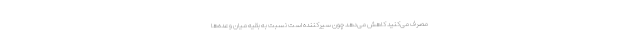
مصرف می‌کنید کاهش می‌دهد چون سیرکننده است نسبت به بقیه میان وعده‌ها